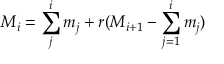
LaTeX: M _ { i } = \sum _ { j } ^ { i } m _ { j } + r ( M _ { i + 1 } - \sum _ { j = 1 } ^ { i } m _ { j } )